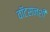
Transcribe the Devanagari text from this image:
वॉटसनशी